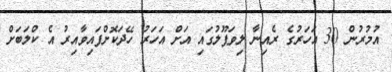
އުމުރުން 30 އަހަރުގެ ރެއިނާ ލިވަޕޫލުގައި އަށް އަހަރު ހޭދަކޮށްފައިވާއިރު އެ ކްލަބަށް